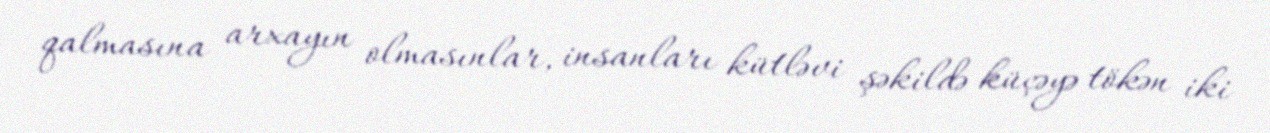
qalmasına arxayın olmasınlar, insanları kütləvi şəkildə küçəyə tökən iki